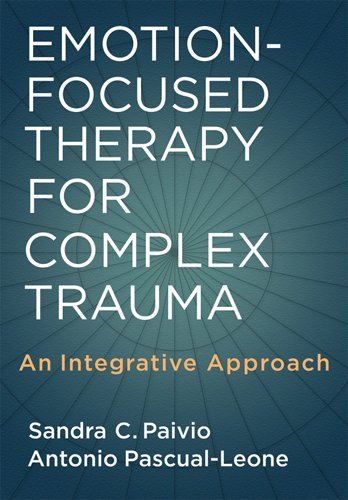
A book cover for Emotion-Focused Therapy for Complex Trauma: An Integrative Approach; Sandra C. Paivio; Health, Fitness & Dieting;